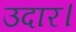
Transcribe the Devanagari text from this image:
उदार।